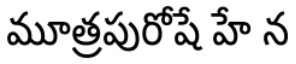
మూత్రపురోషే హే న